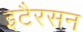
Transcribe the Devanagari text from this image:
इटैरसन